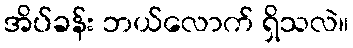
အိပ်ခန်း ဘယ်လောက် ရှိသလဲ။